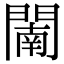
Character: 𨵴